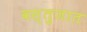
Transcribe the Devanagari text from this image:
वस्तुजात